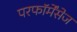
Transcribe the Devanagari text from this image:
परफॉर्मेंसेज